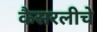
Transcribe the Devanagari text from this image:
कैसरलीचे